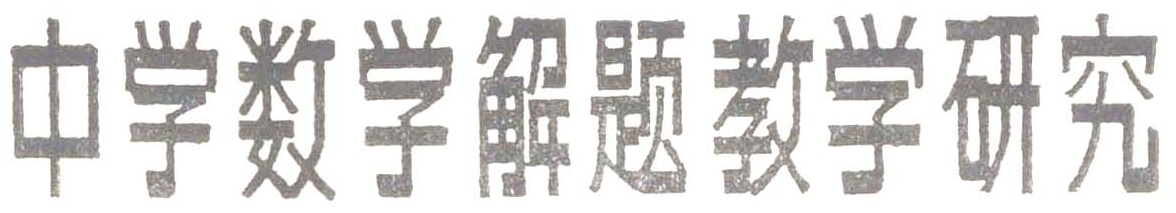
中学数学解题教学研究